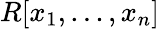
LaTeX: R[x_{1},...,x_{n}]